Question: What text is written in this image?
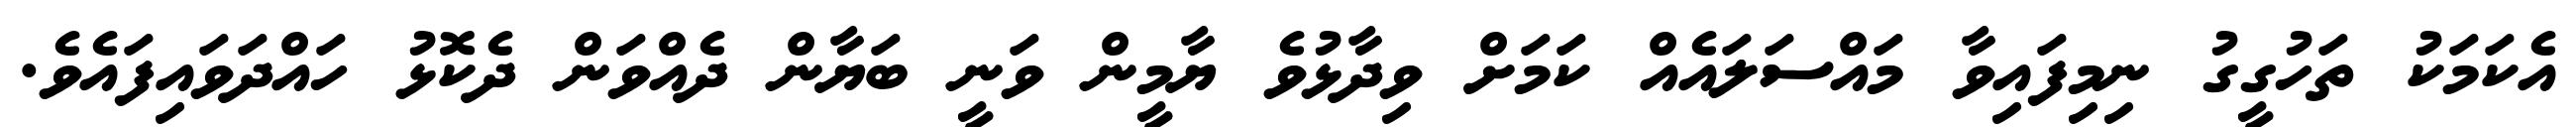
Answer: އެކަމަކު ތަހުގީގު ނިމިފައިވާ މައްސަލައެއް ކަމަށް ވިދާޅުވެ ޔާމީން ވަނީ ބަޔާން ދެއްވަން ދެކޮޅު ހައްދަވައިފައެވެ.